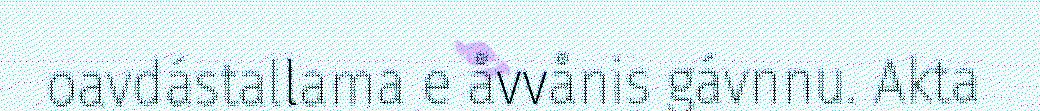
oavdástallama e åvvånis gávnnu. Akta